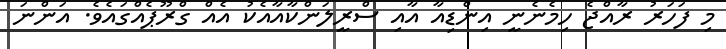
މި ފަހަރު ރާއްޖެ ހިމެނެނީ އިންޑިއާ އާއި ސްރީލަންކާއާއެކު އެއް ގްރޫޕެއްގައެވެ. އަންނަ